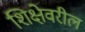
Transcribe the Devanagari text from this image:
शिक्षेवरील